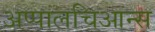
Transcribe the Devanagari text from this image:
अप्पालचिआन्स